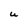
Character: U